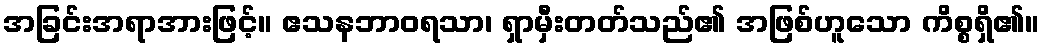
အခြင်းအရာအားဖြင့်။ ဧသနဘာဝရသာ၊ ရှာမှီးတတ်သည်၏ အဖြစ်ဟူသော ကိစ္စရှိ၏။